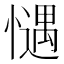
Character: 𢡎